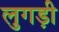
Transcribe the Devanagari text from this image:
लुगड़ी